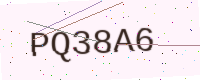
Text: PQ38A6